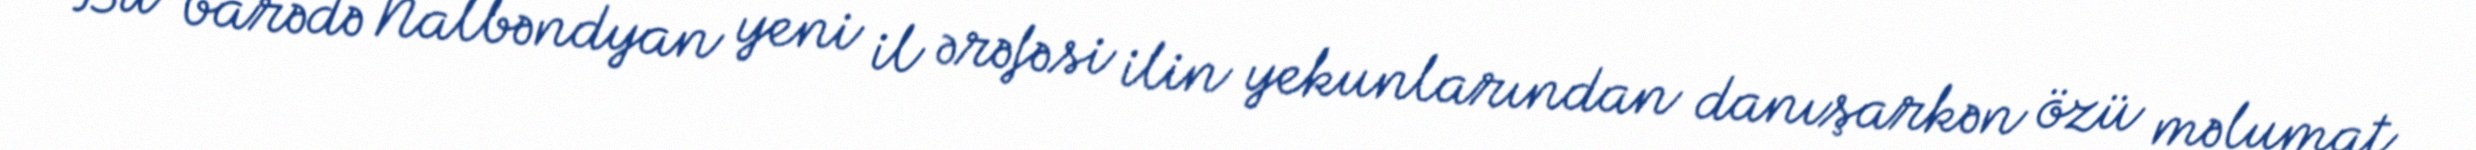
Bu barədə Nalbəndyan yeni il ərəfəsi ilin yekunlarından danışarkən özü məlumat